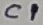
Text: C1